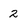
Character: 2